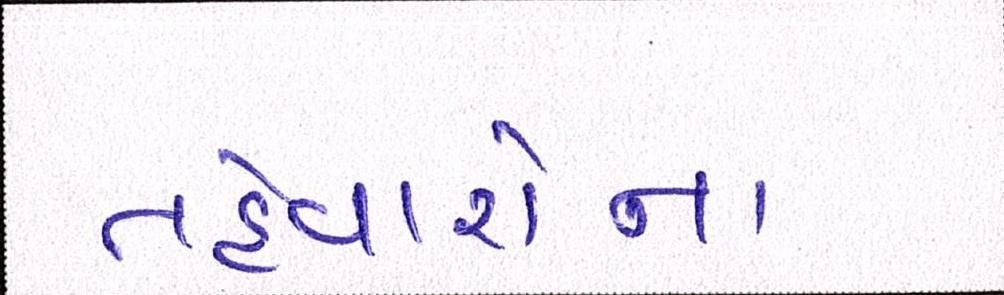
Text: તહેવારોના